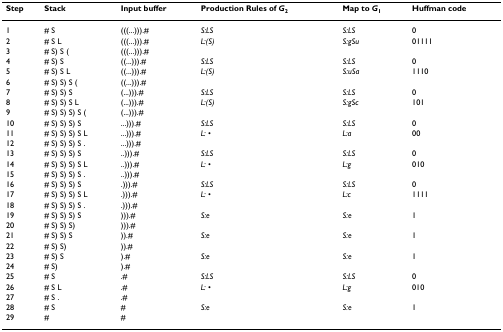
<table><thead><tr><td><b>Step</b></td><td><b>Stack</b></td><td><b>Input buffer</b></td><td><b>Production Rules of <i>G</i><sub>2</sub></b></td><td><b>Map to <i>G</i><sub>1</sub></b></td><td><b>Huffman code</b></td></tr></thead><tbody><tr><td>1</td><td># S</td><td>(((...))).#</td><td><i>S:LS</i></td><td><i>S:LS</i></td><td>0</td></tr><tr><td>2</td><td># S L</td><td>(((...))).#</td><td><i>L:(S)</i></td><td><i>S:gSu</i></td><td>01111</td></tr><tr><td>3</td><td># S) S (</td><td>(((...))).#</td><td></td><td></td><td></td></tr><tr><td>4</td><td># S) S</td><td>((...))).#</td><td><i>S:LS</i></td><td><i>S:LS</i></td><td>0</td></tr><tr><td>5</td><td># S) S L</td><td>((...))).#</td><td><i>L:(S)</i></td><td><i>S:uSa</i></td><td>1110</td></tr><tr><td>6</td><td># S) S) S (</td><td>((...))).#</td><td></td><td></td><td></td></tr><tr><td>7</td><td># S) S) S</td><td>(...))).#</td><td><i>S:LS</i></td><td><i>S:LS</i></td><td>0</td></tr><tr><td>8</td><td># S) S) S L</td><td>(...))).#</td><td><i>L:(S)</i></td><td><i>S:gSc</i></td><td>101</td></tr><tr><td>9</td><td># S) S) S) S (</td><td>(...))).#</td><td></td><td></td><td></td></tr><tr><td>10</td><td># S) S) S) S</td><td>...))).#</td><td><i>S:LS</i></td><td><i>S:LS</i></td><td>0</td></tr><tr><td>11</td><td># S) S) S) S L</td><td>...))).#</td><td><i>L: </i>•</td><td><i>L:a</i></td><td>00</td></tr><tr><td>12</td><td># S) S) S) S .</td><td>...))).#</td><td></td><td></td><td></td></tr><tr><td>13</td><td># S) S) S) S</td><td>..))).#</td><td><i>S:LS</i></td><td><i>S:LS</i></td><td>0</td></tr><tr><td>14</td><td># S) S) S) S L</td><td>..))).#</td><td><i>L: </i>•</td><td><i>L:g</i></td><td>010</td></tr><tr><td>15</td><td># S) S) S) S .</td><td>..))).#</td><td></td><td></td><td></td></tr><tr><td>16</td><td># S) S) S) S</td><td>.))).#</td><td><i>S:LS</i></td><td><i>S:LS</i></td><td>0</td></tr><tr><td>17</td><td># S) S) S) S L</td><td>.))).#</td><td><i>L: </i>•</td><td><i>L:c</i></td><td>1111</td></tr><tr><td>18</td><td># S) S) S) S .</td><td>.))).#</td><td></td><td></td><td></td></tr><tr><td>19</td><td># S) S) S) S</td><td>))).#</td><td><i>S:e</i></td><td><i>S:e</i></td><td>1</td></tr><tr><td>20</td><td># S) S) S)</td><td>))).#</td><td></td><td></td><td></td></tr><tr><td>21</td><td># S) S) S</td><td>)).#</td><td><i>S:e</i></td><td><i>S:e</i></td><td>1</td></tr><tr><td>22</td><td># S) S)</td><td>)).#</td><td></td><td></td><td></td></tr><tr><td>23</td><td># S) S</td><td>).#</td><td><i>S:e</i></td><td><i>S:e</i></td><td>1</td></tr><tr><td>24</td><td># S)</td><td>).#</td><td></td><td></td><td></td></tr><tr><td>25</td><td># S</td><td>.#</td><td><i>S:LS</i></td><td><i>S:LS</i></td><td>0</td></tr><tr><td>26</td><td># S L</td><td>.#</td><td><i>L: </i>•</td><td><i>L:g</i></td><td>010</td></tr><tr><td>27</td><td># S .</td><td>.#</td><td></td><td></td><td></td></tr><tr><td>28</td><td># S</td><td>#</td><td><i>S:e</i></td><td><i>S:e</i></td><td>1</td></tr><tr><td>29</td><td>#</td><td>#</td><td></td><td></td><td></td></tr></tbody></table>